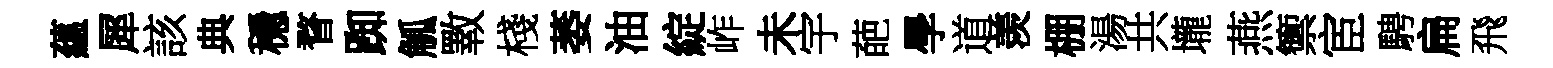
蘊犀該典穩瞀踟觚斁棧萎油綻岞未宇葩學道羡棚湯共壠燕籞宦騁扁飛